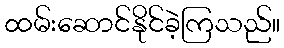
ထမ်းဆောင်နိုင်ခဲ့ကြသည်။